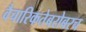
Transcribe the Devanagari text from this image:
वैचारिकतेबरोबरच